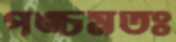
পঙ্চমতঃ